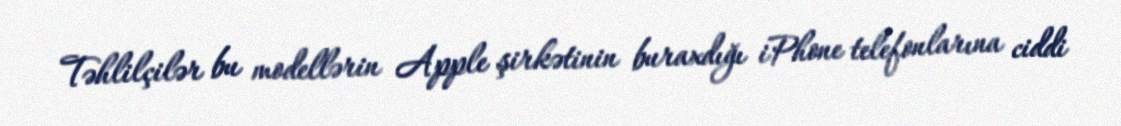
Təhlilçilər bu modellərin Apple şirkətinin buraxdığı iPhone telefonlarına ciddi